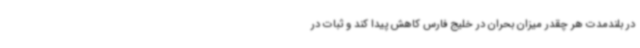
در بلندمدت هر چقدر میزان بحران در خلیج فارس کاهش پیدا کند و ثبات در